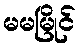
မမမြိုင်